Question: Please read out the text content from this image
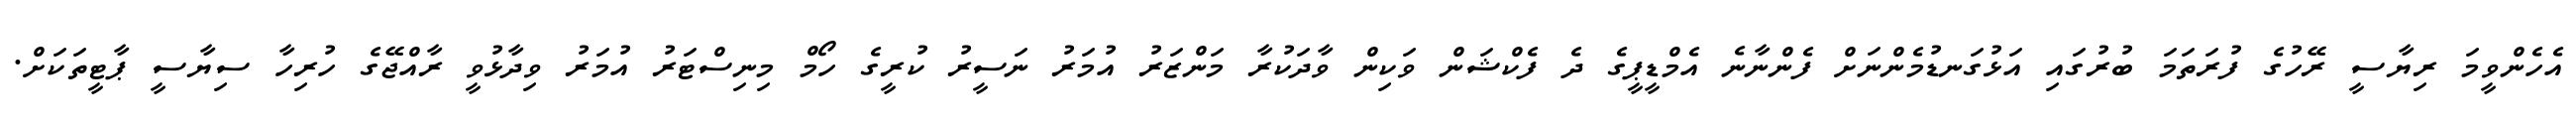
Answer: އެހެންވީމަ ރިޔާސީ ރޭހުގެ ފުރަތަމަ ބުރުގައި އަޅުގަނޑުމެންނަށް ފެންނާނެ އެމްޑީޕީގެ ދެ ފެކްޝަން ވަކިން ވާދަކުރާ މަންޒަރު އުމަރު ނަސީރު ކުރީގެ ހޯމް މިނިސްޓަރު އުމަރު ވިދާޅުވީ ރާއްޖޭގެ ހުރިހާ ސިޔާސީ ޕާޓީތަކަށް.